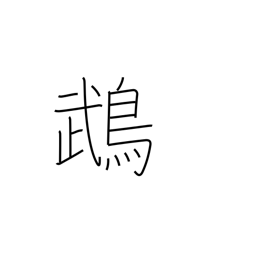
Meaning: cockatoo